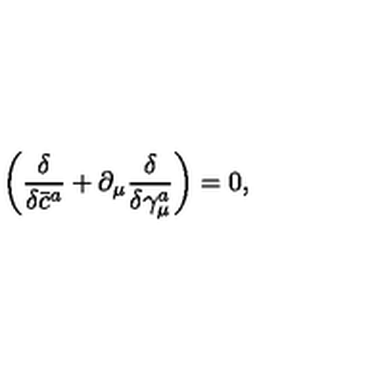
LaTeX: \left( \frac \delta { \delta \bar { c } ^ { a } } + \partial _ { \mu } \frac \delta { \delta \gamma _ { \mu } ^ { a } } \right) = 0 ,